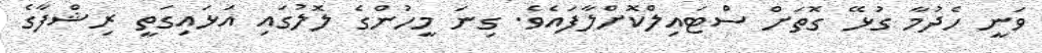
ވަނީ ހެދުމާ ގުޅޭ ގޮތަށް ސްޓައިލްކޮށްލާފައެވެ. ގިނަ މީހުންގެ ލޮލުގައި އަޅައިގަތީ ރިޝްފާގެ